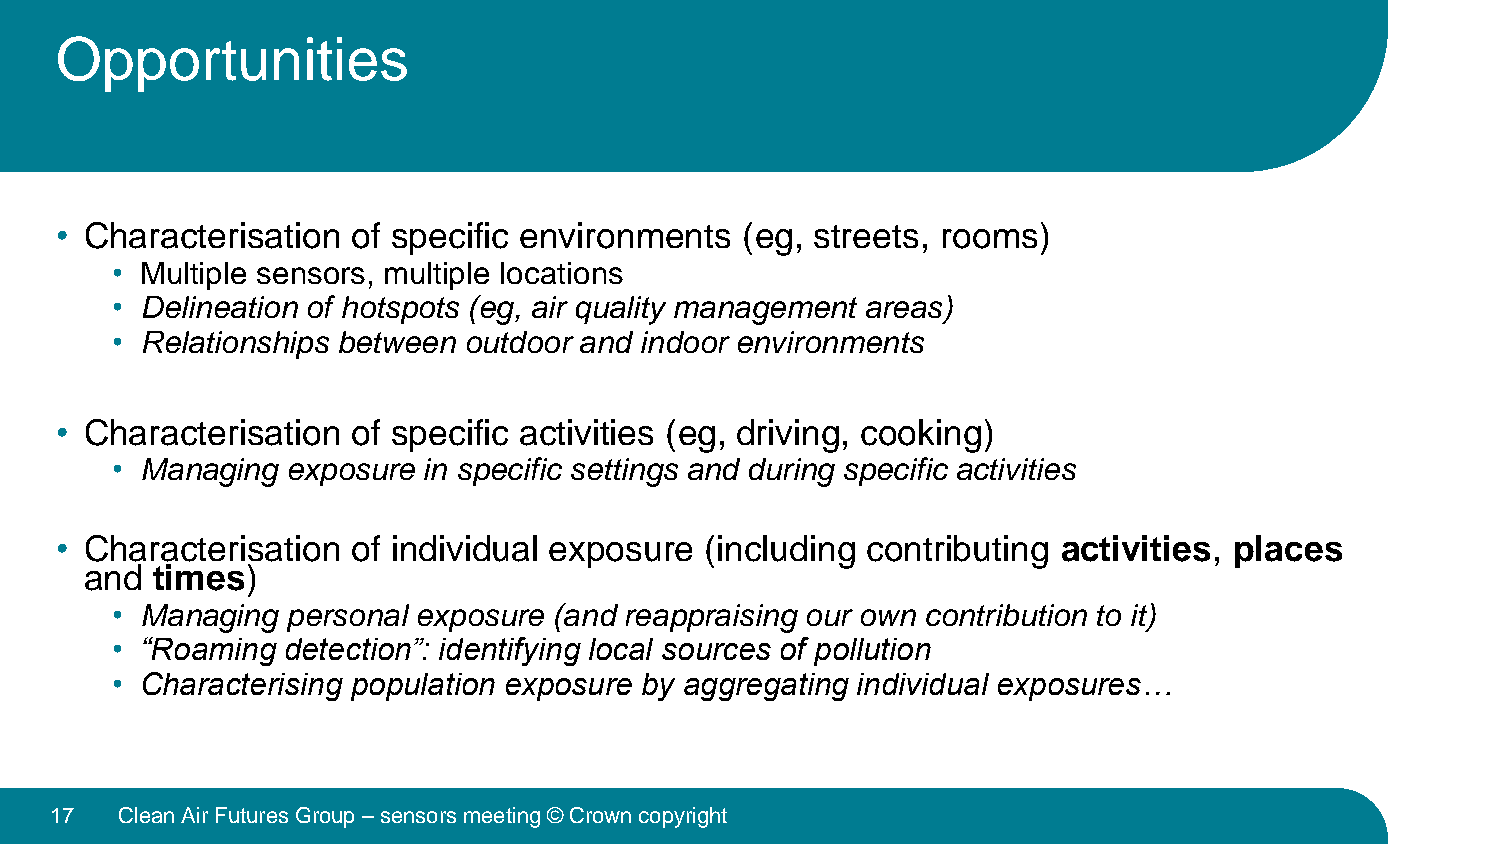
Opportunities
 • Characterisation of specific environments  (eg, streets, rooms)
 • Multiple sensors, multiple locations
 • Delineation of hotspots (eg, air quality management areas)
 • Relationships between outdoor and indoor environments
 • Characterisation of specific activities (eg, driving, cooking)
 • Managing  exposure in specific settings and during specific activities
 • Characterisation of individual exposure  (including contributing activities, places
 and times)
 • Managing  personal exposure (and reappraising our own contribution to it)
 • “Roaming  detection”: identifying local sources of pollution
 • Characterising population exposure by aggregating individual exposures…
 17   Clean Air Futures Group –sensors meeting © Crown copyright